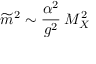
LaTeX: \widetilde { m } ^ { 2 } \sim { \frac { \alpha ^ { 2 } } { g ^ { 2 } } } \: M _ { X } ^ { 2 }